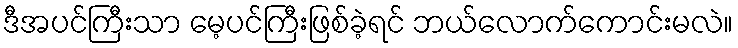
ဒီအပင်ကြီးသာ မေ့ပင်ကြီးဖြစ်ခဲ့ရင် ဘယ်လောက်ကောင်းမလဲ။